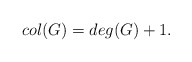
\begin{align*}col(G)=deg(G)+1. \end{align*}